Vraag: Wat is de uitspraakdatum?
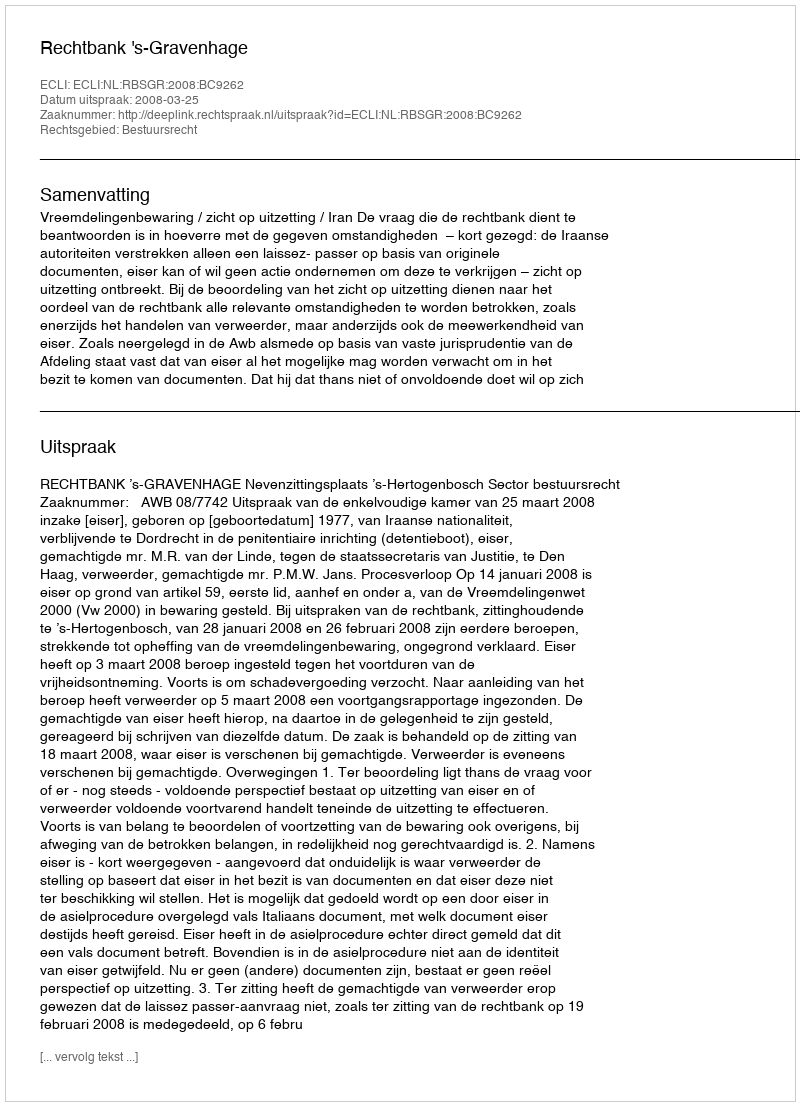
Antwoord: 2008-03-25